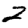
Digit: 2